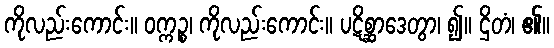
ကိုလည်းကောင်း။ ဝက္ကဉ္စ၊ ကိုလည်းကောင်း။ ပဋိစ္ဆာဒေတွာ၊ ၍။ ဌိတံ၊ ၏။